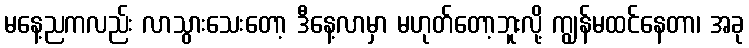
မနေ့ညကလည်း လာသွားသေးတော့ ဒီနေ့လာမှာ မဟုတ်တော့ဘူးလို့ ကျွန်မထင်နေတာ၊ အခု